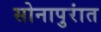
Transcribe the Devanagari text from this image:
सोनापुरांत